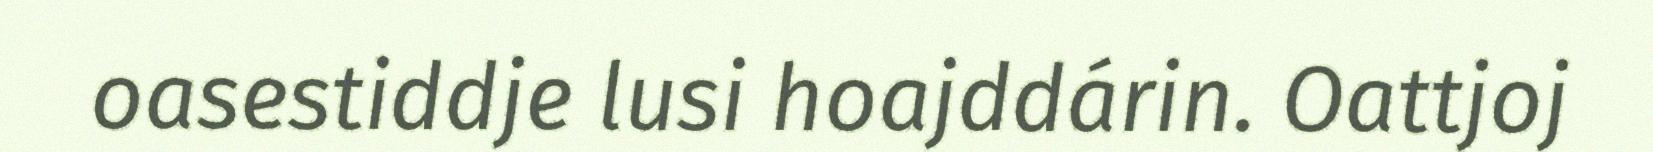
oasestiddje lusi hoajddárin. Oattjoj